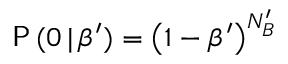
\mathsf { P } \, ( 0 \, | \, \beta ^ { \prime } ) = \left( 1 - \beta ^ { \prime } \right) ^ { N _ { B } ^ { \prime } }